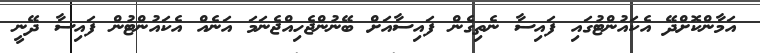
އަމާންކޮށްދޭ އެކައުންޓުގައި ފައިސާ ނެތިގެން ފައިސާއަށް ބޭނުންޖެހިއްޖެނަމަ އަނެއް އެކައުންޓުން ފައިސާ ދޭނީ